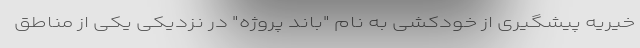
خیریه پیشگیری از خودکشی به نام "باند پروژه" در نزدیکی یکی از مناطق